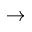
\rightarrow